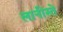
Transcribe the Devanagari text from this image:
लानीस्ते